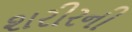
શરીરની